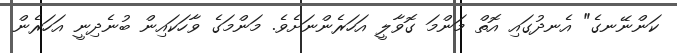
ކަންނޭނގެ" އެނދުގައި އޮތް މަންމަ ގޮވާލީ އަހަރެންނަށެވެ. މަންމަގެ ވާހަކައިން ބުނެދިނީ އަހަރެން